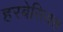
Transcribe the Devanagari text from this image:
हरबेसियस